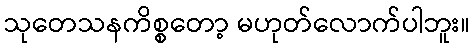
သုတေသနကိစ္စတော့ မဟုတ်လောက်ပါဘူး။